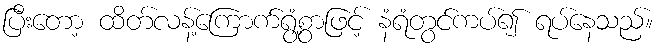
ပြီးတော့ ထိတ်လန့်ကြောက်ရွံ့စွာဖြင့် နံရံတွင်ကပ်၍ ရပ်နေသည်။